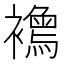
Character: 𧞦